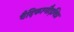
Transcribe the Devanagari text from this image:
वैदिकागौड़विप्र